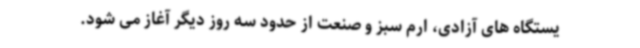
یستگاه های آزادی، ارم سبز و صنعت از حدود سه روز دیگر آغاز می شود.